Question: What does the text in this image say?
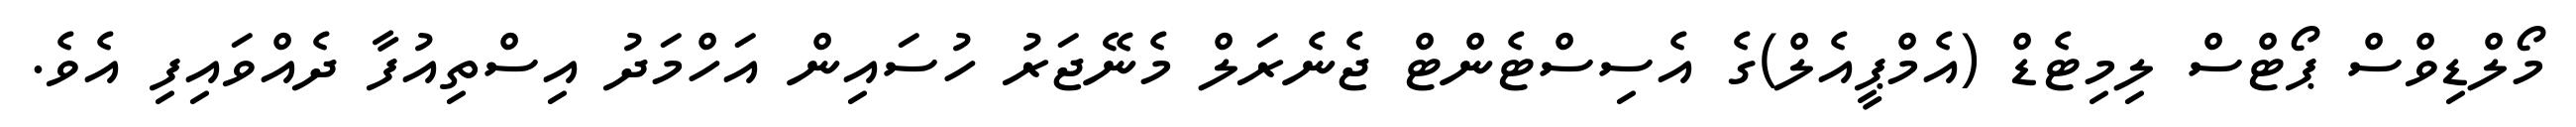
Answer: މޯލްޑިވްސް ޕޯޓްސް ލިމިޓެޑް (އެމްޕީއެލް)ގެ އެސިސްޓެންޓް ޖެނެރަލް މެނޭޖަރު ހުސައިން އަހްމަދު އިސްތިއުފާ ދެއްވައިފި އެވެ.